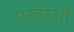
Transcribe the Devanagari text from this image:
परतुरची